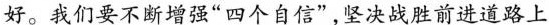
好。我们要不断增强”四个自信”，坚决战胜前进道路上